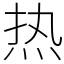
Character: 热